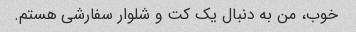
خوب، من به دنبال یک کت و شلوار سفارشی هستم.